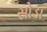
સોડા